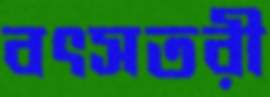
বৎসতরী